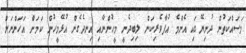
މަސައްކަތުން ދުނިޔޭގައި އެންމެ އުފާވެރިކަން ލިބިދެނީ މީހުންނާއި އިނދެގެން އުޅޭމީހުން ކަމަށް އަހަންނަށް